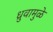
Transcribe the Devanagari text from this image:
ध्रुवामुळे